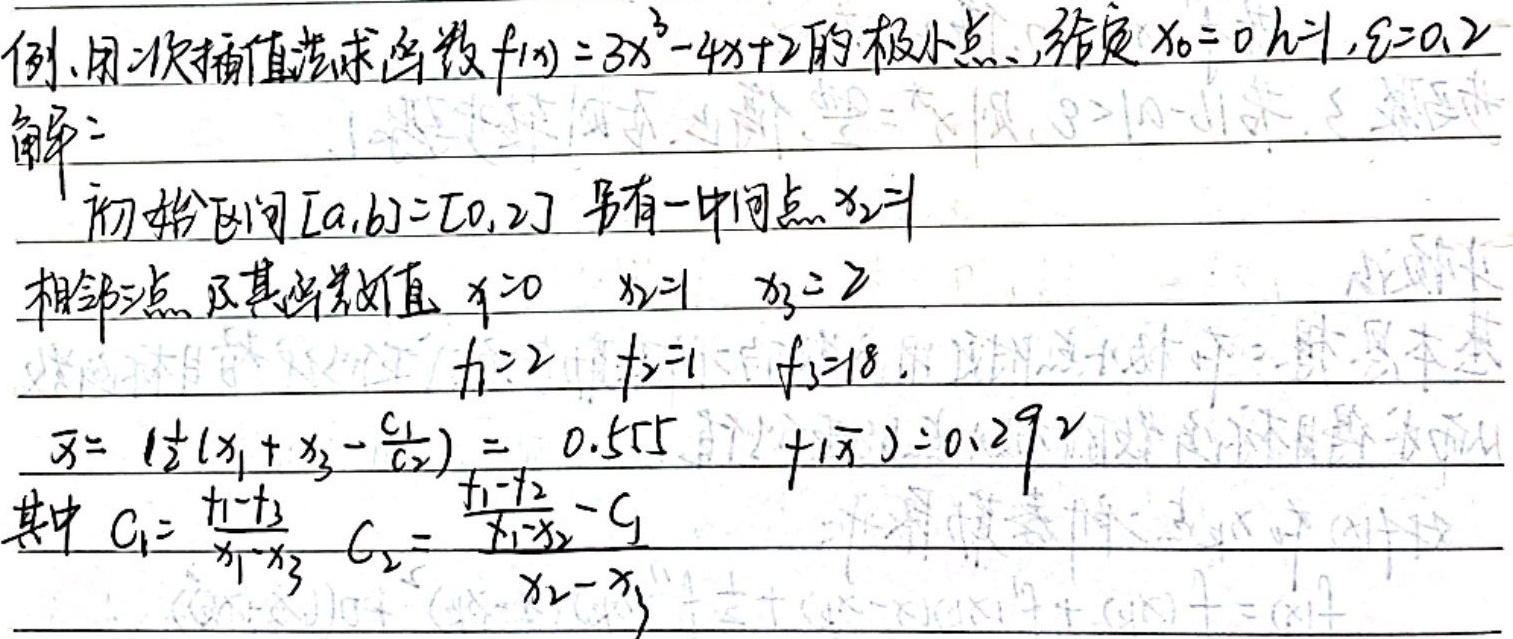
例. 用二次插值法求函数\(f(x)=3x^{3}-4x + 2\)的极小点，给定\(x_{0}=0\)，\(h = 1\)，\(\varepsilon=0.2\)。

解： 初始区间\([a,b]=[0,2]\)，另有一中间点\(x_{2}=1\)。相邻三点及其函数值 \(x_{1}=0\)，\(x_{2}=1\)，\(x_{3}=2\)；\(f_{1}=2\)，\(f_{2}=1\)，\(f_{3}=18\)。

\(\overline{x}=\frac{1}{2}(x_{1}+x_{3}-\frac{c_{1}}{c_{2}})=0.555\)，\(f(\overline{x}) = 0.292\)。

其中 \(c_{1}=\frac{f_{1}-f_{3}}{x_{1}-x_{3}}\)，\(c_{2}=\frac{\frac{f_{1}-f_{2}}{x_{1}-x_{2}}-c_{1}}{x_{2}-x_{1}}\) 。